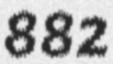
882